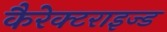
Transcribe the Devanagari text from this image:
कैरेक्टराइज्ड